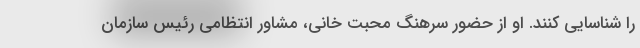
را شناسایی کنند. او از حضور سرهنگ محبت خانی، مشاور انتظامی رئیس سازمان